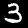
Digit: 3